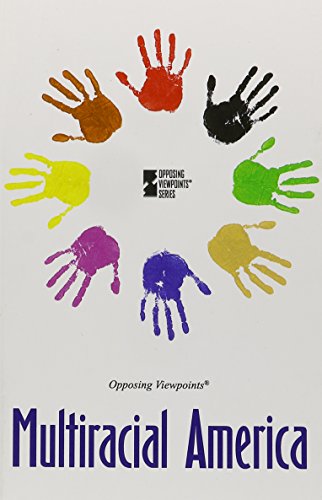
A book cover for Multiracial America (Opposing Viewpoints); Noah Berlatsky; Teen & Young Adult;